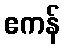
ဧကန်